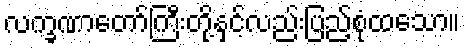
လက္ခဏာတော်ကြီးတို့နှင့်လည်းပြည့်စုံထသော။